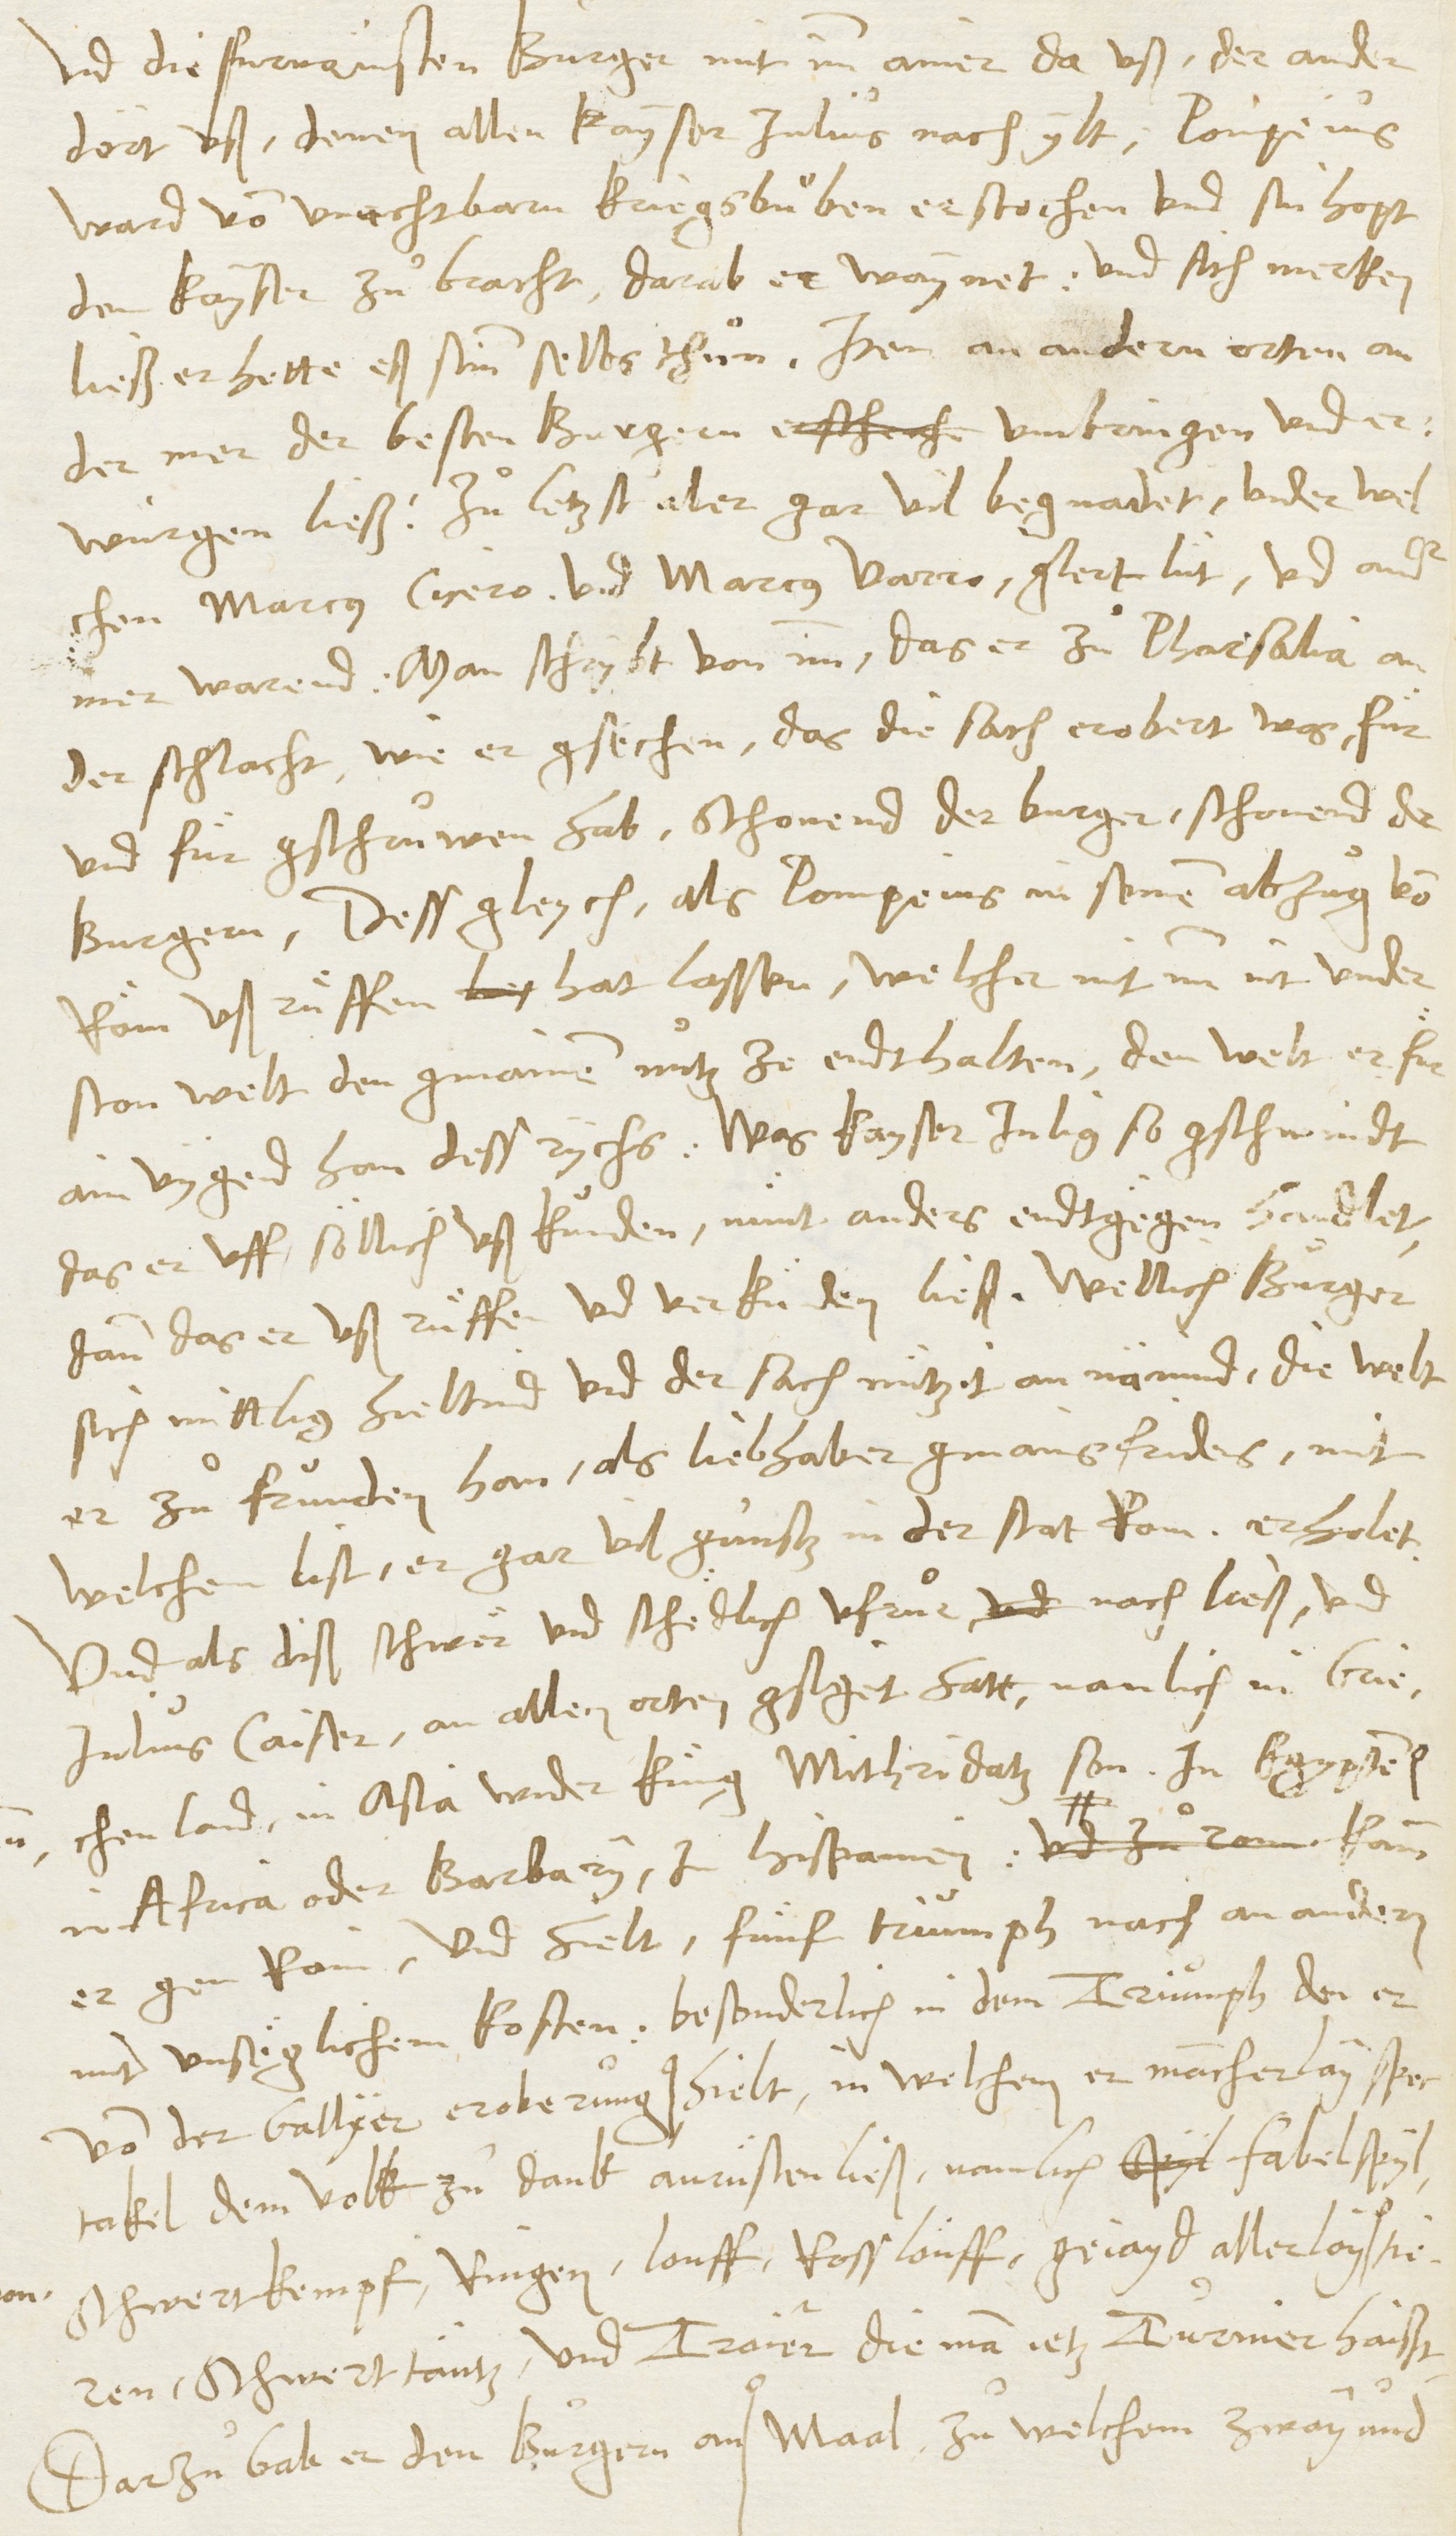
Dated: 1545–1546